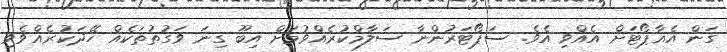
ގަން އެއާޕޯޓަށް އެއްވި އެވެ. ސަޕޯޓަރުންނާ ސަލާމްކުރެއްވުމަށް އިބޫ ގިނަ ވަގުތުތަކެއް ހޭދަކުރެއްވެވި